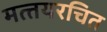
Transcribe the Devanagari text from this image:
मत्‍तयरचित